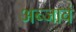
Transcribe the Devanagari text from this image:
अब्जावं